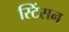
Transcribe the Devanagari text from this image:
स्टिंसन